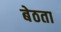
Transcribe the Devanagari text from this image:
बेठता